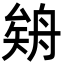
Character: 𦩉